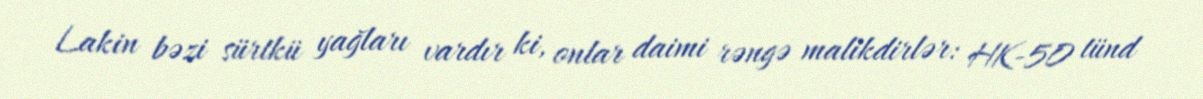
Lakin bəzi sürtkü yağları vardır ki, onlar daimi rəngə malikdirlər: HK-50 tünd